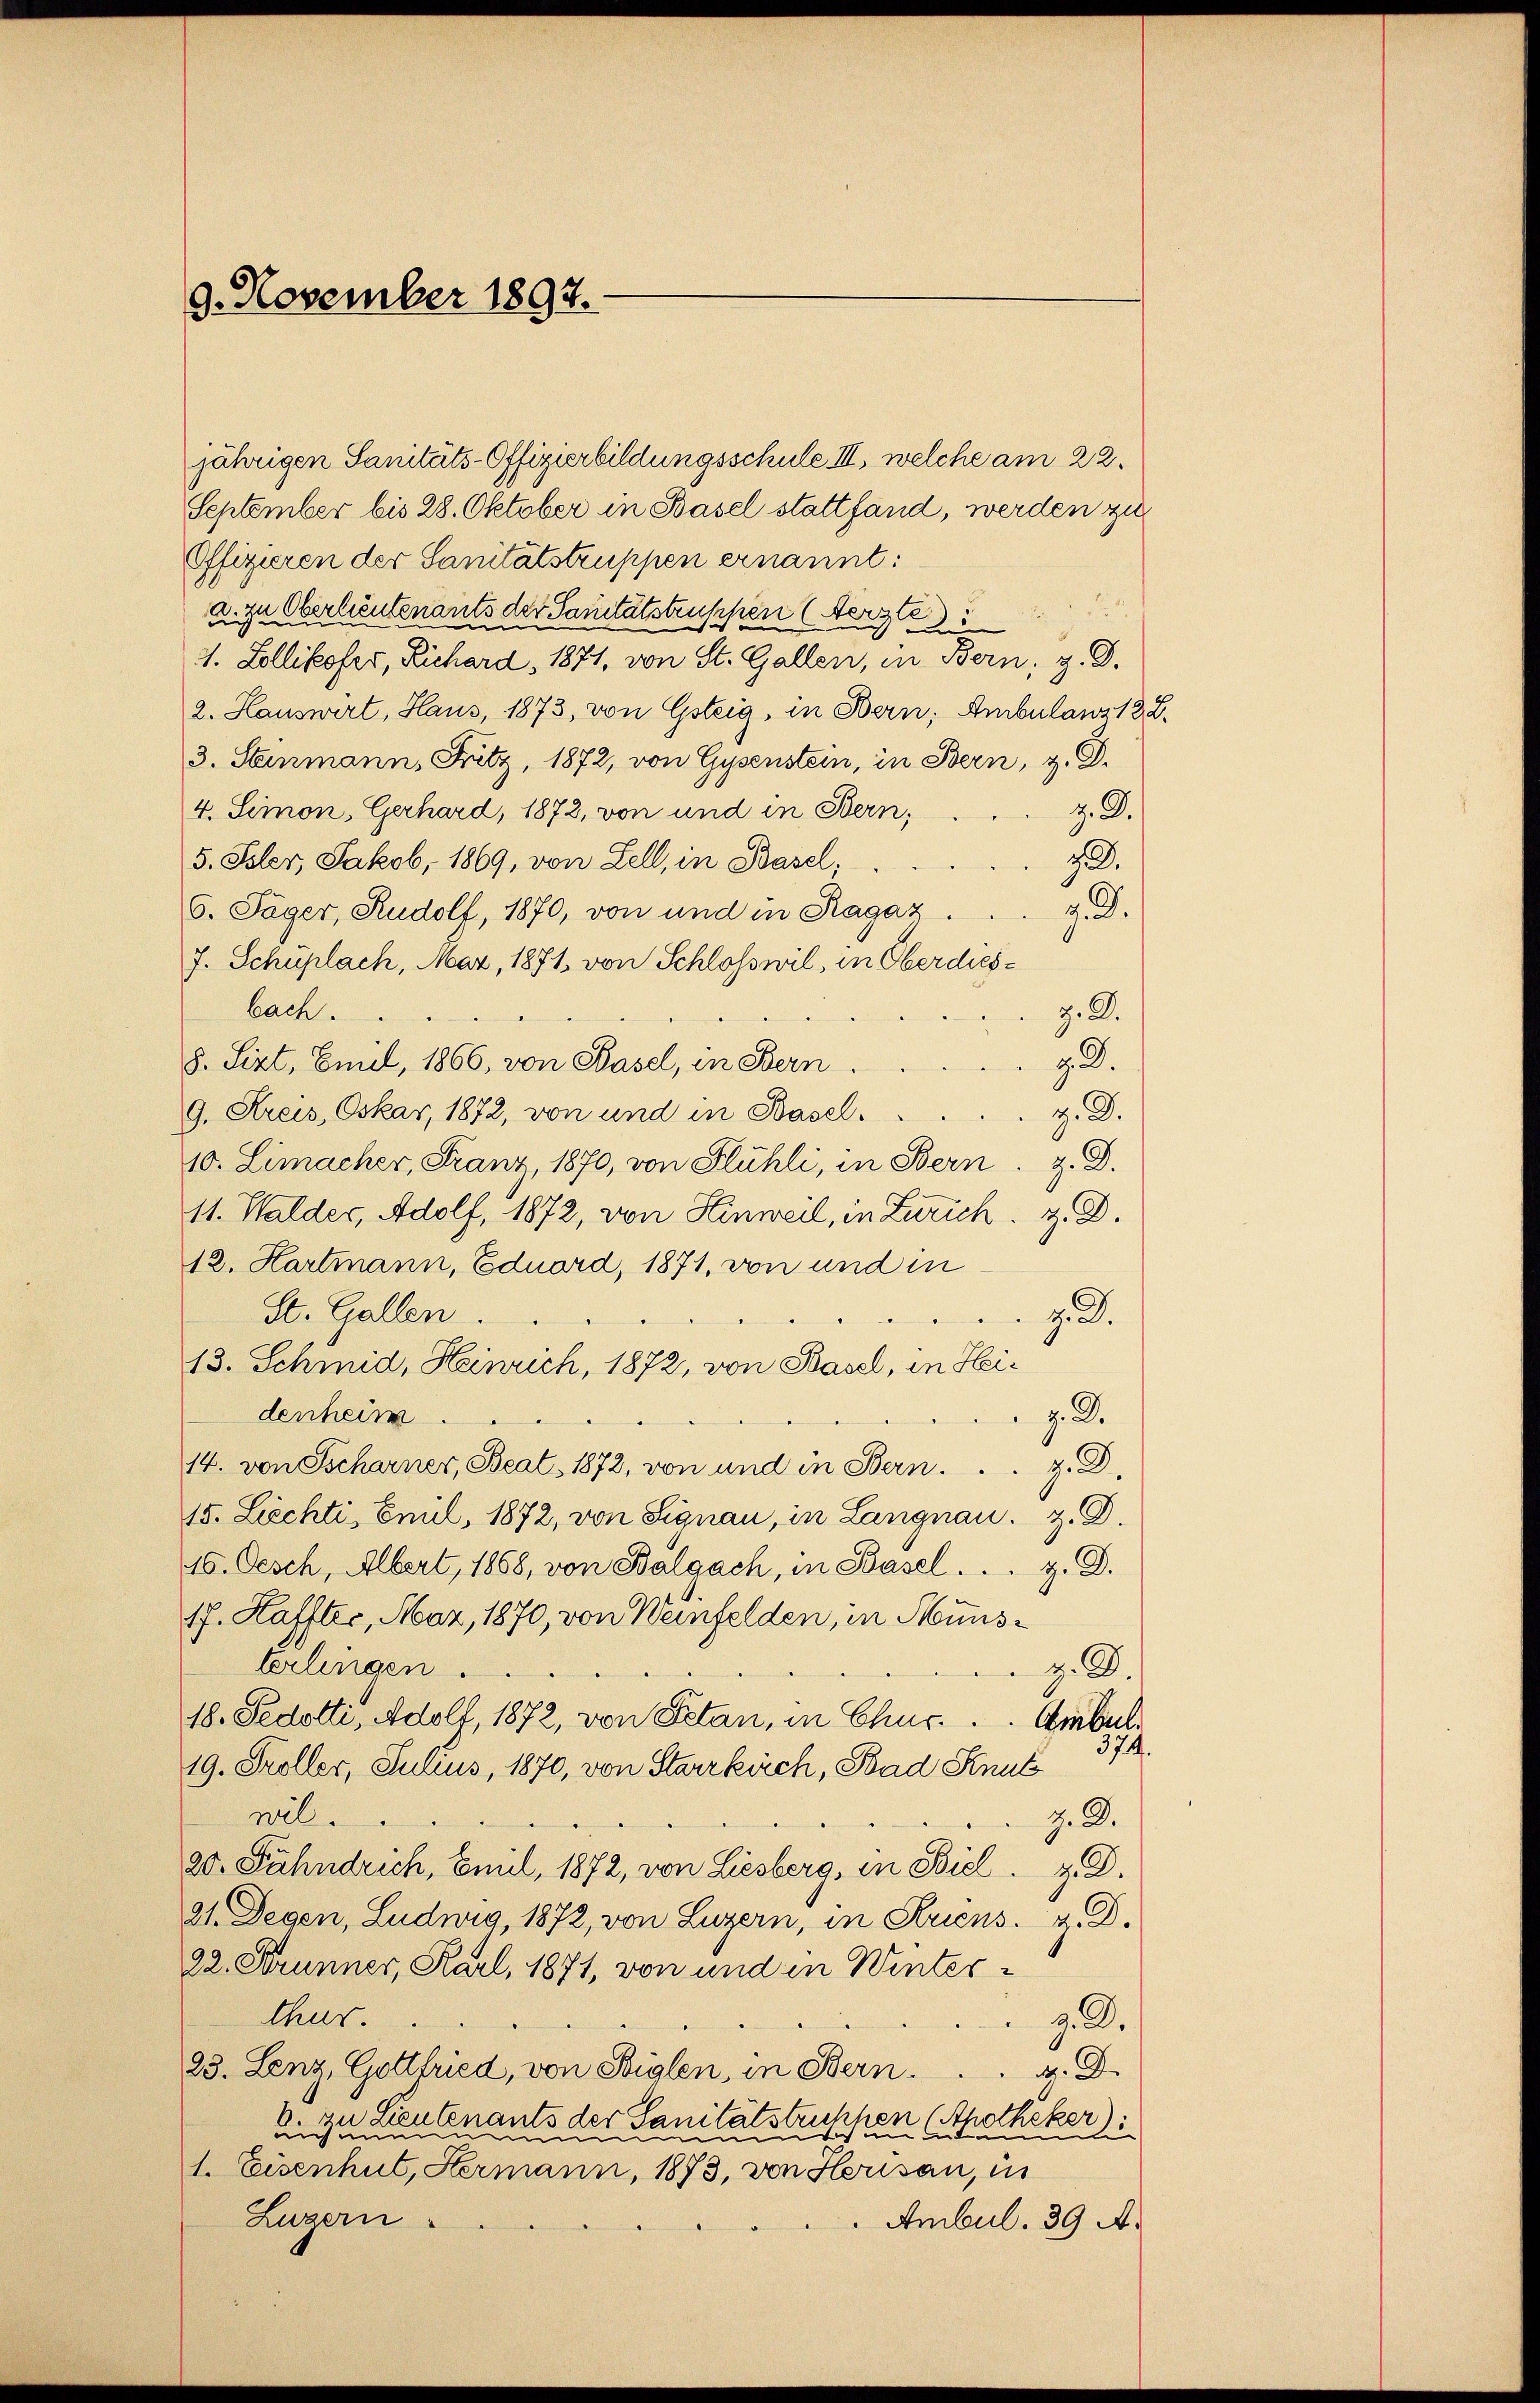
9. November 1892.

jährigen Sanitäts-Offizierbildungsschule III, welche am 22.
September bis 28. Oktober in Basel stattfand, werden zu
Offizieren der Sanitätstruppen ernannt:
.
a zu Oberlieutenants der Sanitätstruppen (Aerzte
1. Zollikofer, Richard, 1871, von St. Gallen, in Bern, z. B.
2. Hauswirt, Haus, 1873, von Gsteig, in Bern, Ambulanz 132.
3. Stenmann, Fritz, 1872, von Gysenstein, in Bern, z. B.
z. 3.
4. Simon, Gerhard, 1872, von und in Bern,
72.
5. Isler, Jakob, 1869, von Zell, in Basel,
7. d.
6. Jäger, Rudolf, 1870, von und in Ragaz
J. Schüplach, Mar, 1871, von Schlosswil, in Oberdiesbach.
z. 8.
9. d.
8. Sept, Emil, 1866, von Kasel, in Bern
z. D.
9. Kreis, Oskar, 1872, von und in Baselz. B.
10. Limacher, Franz, 1870, von Flühli, in Bern
11. Walder, Adolf, 1872, von Hinweil, in Zürich. Z. D.
12. Hartmann, Eduard, 1871, von und in
St. Gallen.
z. D.
13. Schmid, Heinrich, 1872, von Basel, in Heidenheim.
v. R.
14. von Scharner, Beat. 1872, von und in Bern.
z. 3.
15. Liechti, Emil, 1872, von Signau, in Langnau. z. B.
10. Oesch, Albert, 1868, von Balgach, in Basel . . . . D.
1f. Haffter, Maz, 1870, von Weinfelden, in Hünsz. D.
terlingen ...
18. Fedotti, Adolf, 1872, von Petan, in Chur. Ambul
374.
19. Froller, Julius, 1870, von Starrkirch, Bad Knut
Z. D.
wil
20. Fahndrich, Emil, 1872, von Liesberg, in Biel. z. D.
21. Degen, Ludwig, 1872, von Luzern, in Kriens. z. B.
22. Brunner, Karl, 1871, von und in Winterthur.
3.2.
23. Lenz, Gottfried, von Siglen, in Bern . . . . D.
ver dien
ckhen
d
rotheker).
er Sanitätstr
ent.
)
en
sich im n
eich und
e
1. Eisenhut, Hermann, 1873, von Herisau, in
Luzern.
Ambul. 39 A.